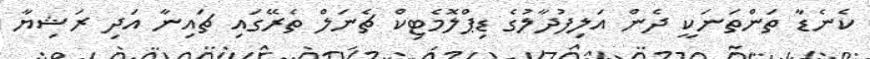
ކެނެޑާ ތަންތަނަކީ ދެން އަލިފުދާލުގެ ޑިޕްލޮމެޓިކް ޗެނަލް ތެރޭގައި ޗައިނާ އަދި ރަޝިޔާ